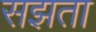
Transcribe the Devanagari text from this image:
सझता